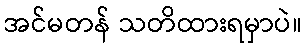
အင်မတန် သတိထားရမှာပဲ။